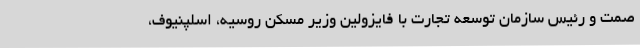
صمت و رئیس سازمان توسعه تجارت با فایزولین وزیر مسکن روسیه، اسلپنیوف،